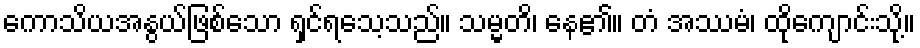
ကောသိယအနွယ်ဖြစ်သော ရှင်ရသေ့သည်။ သမ္မတိ၊ နေ၏။ တံ အဿမံ၊ ထိုကျောင်းသို့။